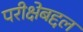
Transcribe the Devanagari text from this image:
परीक्षेबद्दल